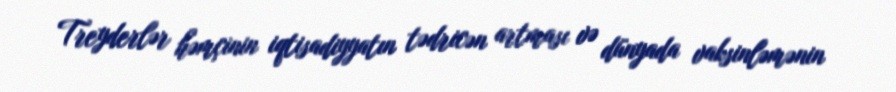
Treyderlər həmçinin iqtisadiyyatın tədricən artması və dünyada vaksinləmənin